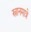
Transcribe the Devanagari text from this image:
स्नानमात्रे